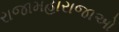
રાજામહારાજાઓ